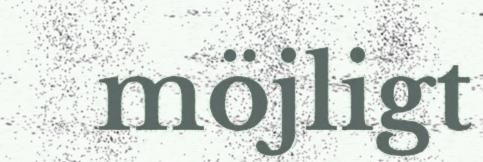
möjligt